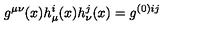
g ^ { \mu \nu } ( x ) h _ { \mu } ^ { i } ( x ) h _ { \nu } ^ { j } ( x ) = g ^ { ( 0 ) i j }